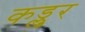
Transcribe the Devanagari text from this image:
कड्लुर